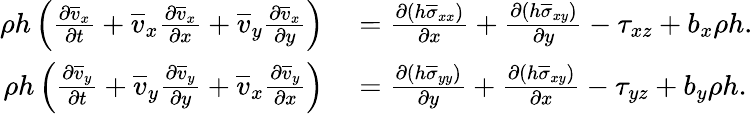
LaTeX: \begin{array}{rl}{\rho h\left(\frac{\partial\overline{{v}}_{x}}{\partial t}+\overline{{v}}_{x}\frac{\partial\overline{{v}}_{x}}{\partial x}+\overline{{v}}_{y}\frac{\partial\overline{{v}}_{x}}{\partial y}\right)}&{{}=\frac{\partial(h\overline{{\sigma}}_{xx})}{\partial x}+\frac{\partial(h\overline{{\sigma}}_{xy})}{\partial y}-\tau_{xz}+b_{x}\rho h.}\\ {\rho h\left(\frac{\partial\overline{{v}}_{y}}{\partial t}+\overline{{v}}_{y}\frac{\partial\overline{{v}}_{y}}{\partial y}+\overline{{v}}_{x}\frac{\partial\overline{{v}}_{y}}{\partial x}\right)}&{{}=\frac{\partial(h\overline{{\sigma}}_{yy})}{\partial y}+\frac{\partial(h\overline{{\sigma}}_{xy})}{\partial x}-\tau_{yz}+b_{y}\rho h.}\end{array}